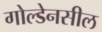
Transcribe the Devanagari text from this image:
गोल्डेनसील